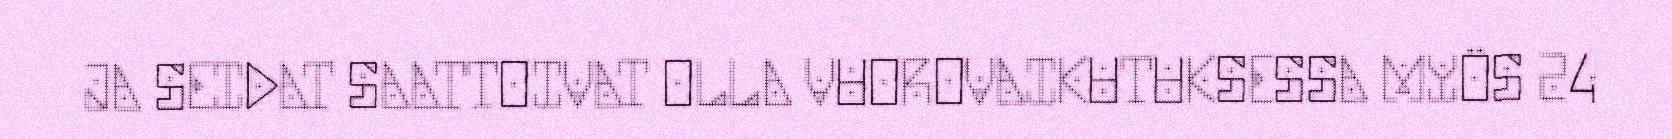
JA SEIDAT SAATTOIVAT OLLA VUOROVAIKUTUKSESSA MYÖS 24